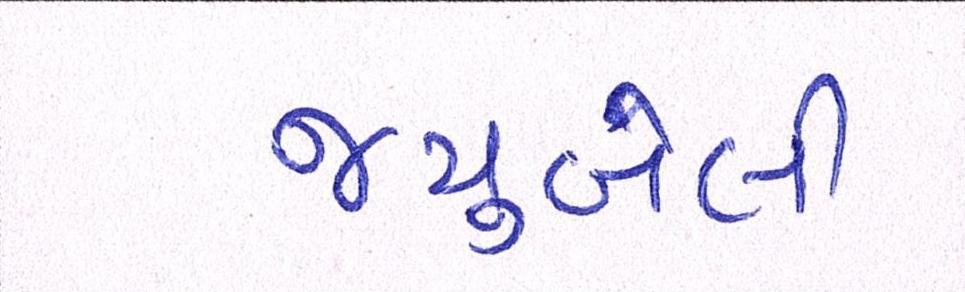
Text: જ્યુબેલી